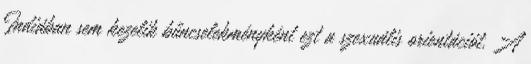
Indiában sem kezelik bűncselekményként ezt a szexuális orientációt. A